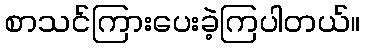
စာသင်ကြားပေးခဲ့ကြပါတယ်။